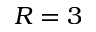
R = 3